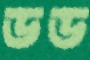
ডড